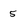
Character: 5